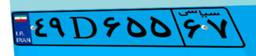
۴۹D۶۵۵۶۷